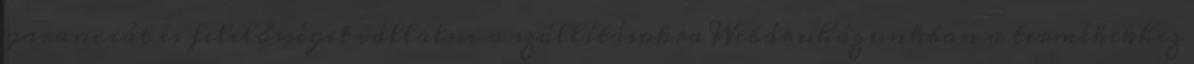
garanciát és felelősséget vállalni a szállításokra Webáruházunkban a termékekhez